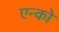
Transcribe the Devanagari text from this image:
एन्को